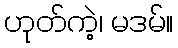
ဟုတ်ကဲ့၊ မဒမ်။